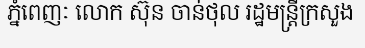
ភ្នំពេញៈ លោក ស៊ុន ចាន់ថុល រដ្ឋមន្ត្រីក្រសួង